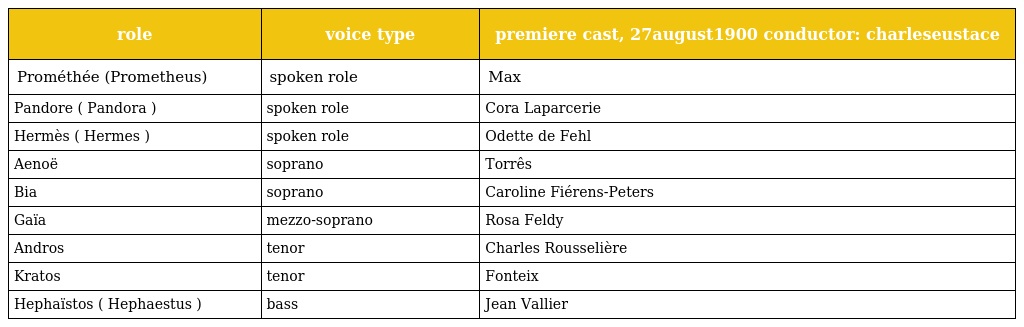
| role | voice type | premiere cast, 27august1900 conductor: charleseustace |
 | --- | --- | --- |
 | Prométhée (Prometheus) | spoken role | Max |
 | Pandore ( Pandora ) | spoken role | Cora Laparcerie |
 | Hermès ( Hermes ) | spoken role | Odette de Fehl |
 | Aenoë | soprano | Torrês |
 | Bia | soprano | Caroline Fiérens-Peters |
 | Gaïa | mezzo-soprano | Rosa Feldy |
 | Andros | tenor | Charles Rousselière |
 | Kratos | tenor | Fonteix |
 | Hephaïstos ( Hephaestus ) | bass | Jean Vallier |